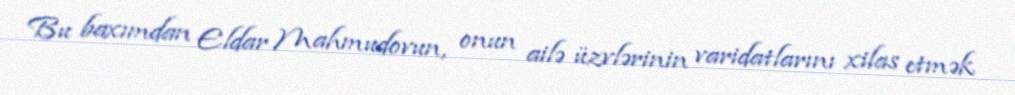
Bu baxımdan Eldar Mahmudovun, onun ailə üzvlərinin varidatlarını xilas etmək